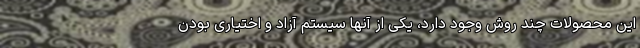
این محصولات چند روش وجود دارد، یکی از آنها سیستم آزاد و اختیاری بودن